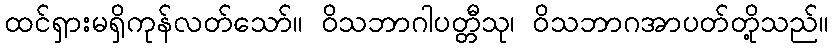
ထင်ရှားမရှိကုန်လတ်သော်။ ဝိသဘာဂါပတ္တီသု၊ ဝိသဘာဂအာပတ်တို့သည်။